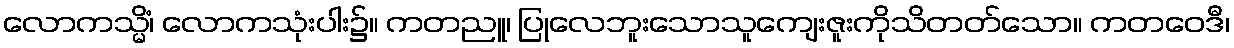
လောကသ္မိံ၊ လောကသုံးပါး၌။ ကတညူ၊ ပြုလေဘူးသောသူကျေးဇူးကိုသိတတ်သော။ ကတဝေဒီ၊